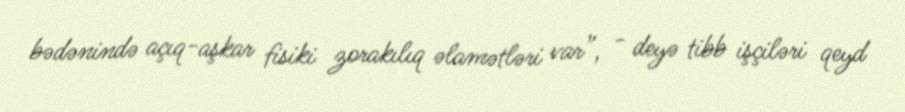
bədənində açıq-aşkar fisiki zorakılıq əlamətləri var”, - deyə tibb işçiləri qeyd